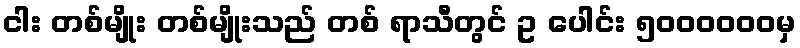
ငါး တစ်မျိုး တစ်မျိုးသည် တစ် ရာသီတွင် ဥ ပေါင်း ၅၀၀၀၀၀၀မှ